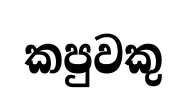
කපුවකු